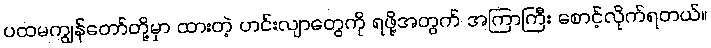
ပထမကျွန်တော်တို့မှာ ထားတဲ့ ဟင်းလျာတွေကို ရဖို့အတွက် အကြာကြီး စောင့်လိုက်ရတယ်။